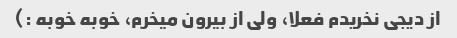
از دیجی نخریدم فعلا، ولی از بیرون میخرم، خوبه خوبه :)